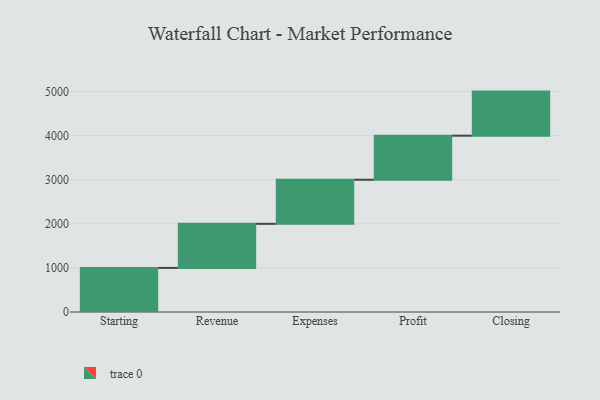
{"axis": {"x": "Step", "y": "Value"}, "legend": [""], "data": [{"x": "Starting", "y": 1000, "type": ""}, {"x": "Revenue", "y": 1000, "type": ""}, {"x": "Expenses", "y": 1000, "type": ""}, {"x": "Profit", "y": 1000, "type": ""}, {"x": "Closing", "y": 1000, "type": ""}]}